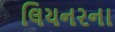
લિયનરના